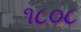
૧૮૦૮